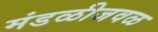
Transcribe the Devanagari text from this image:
मंडळीजवळ